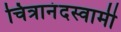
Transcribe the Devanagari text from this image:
चित्रानंदस्वामी